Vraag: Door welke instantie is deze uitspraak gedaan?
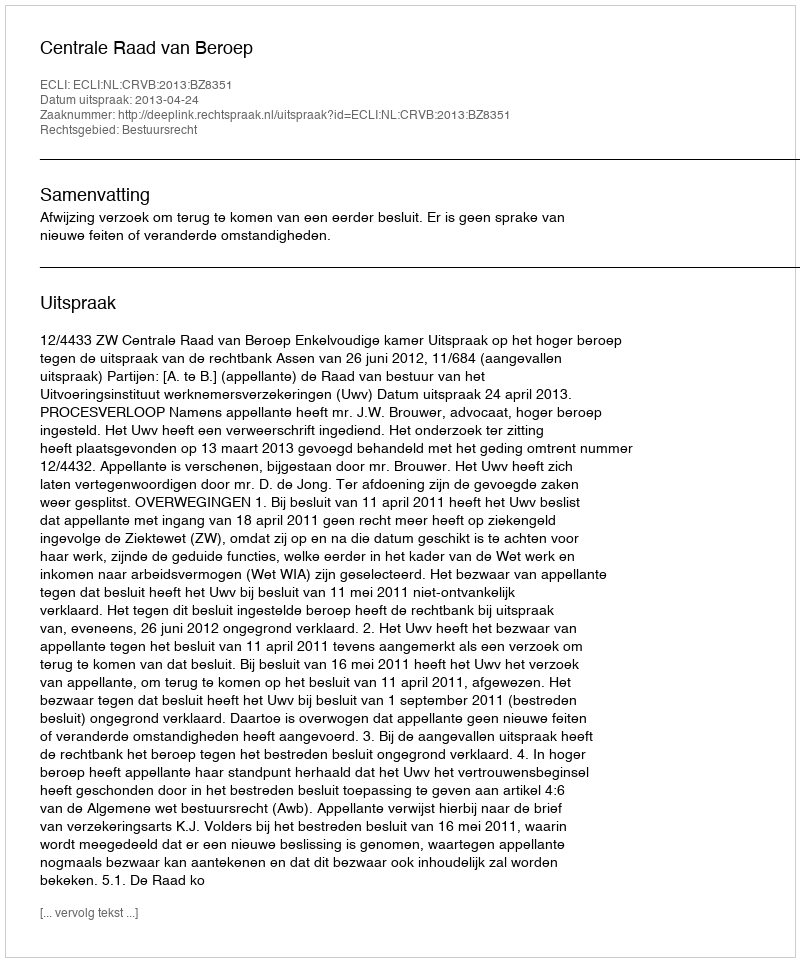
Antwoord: Centrale Raad van Beroep